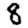
Digit: 8